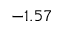
- 1 . 5 7